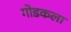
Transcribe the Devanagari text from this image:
गोडकला